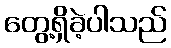
တွေ့ရှိခဲ့ပါသည်